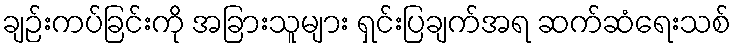
ချဉ်းကပ်ခြင်းကို အခြားသူများ ရှင်းပြချက်အရ ဆက်ဆံရေးသစ်